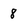
Character: 8